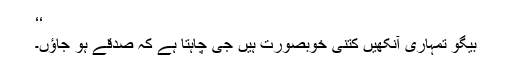
‘‘
بیگو تمہاری آنکھیں کتنی خوبصورت ہیں جی چاہتا ہے کہ صدقے ہو جاؤں۔